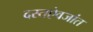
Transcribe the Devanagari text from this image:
दस्तऐवजांत